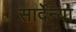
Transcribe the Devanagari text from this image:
सार्देन्या